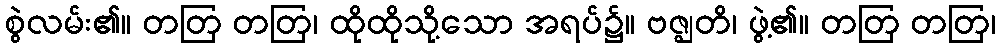
စွဲလမ်း၏။ တတြ တတြ၊ ထိုထိုသို့သော အရပ်၌။ ဗဇ္ဈတိ၊ ဖွဲ့၏။ တတြ တတြ၊